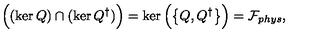
\Big ( ( \ker Q ) \cap ( \ker Q ^ { \dagger } ) \Big ) = \ker \Big ( \big \{ Q , Q ^ { \dagger } \big \} \Big ) = \mathcal { F } _ { p h y s } ,